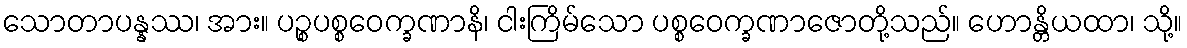
သောတာပန္နဿ၊ အား။ ပဉ္စပစ္စဝေက္ခဏာနိ၊ ငါးကြိမ်သော ပစ္စဝေက္ခဏာဇောတို့သည်။ ဟောန္တိယထာ၊ သို့။